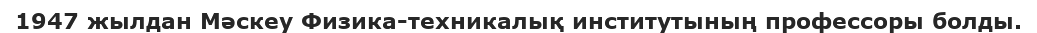
1947 жылдан Мәскеу Физика-техникалық институтының профессоры болды.